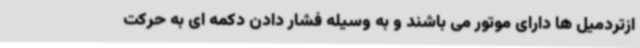
ازتردمیل ها دارای موتور می باشند و به وسیله فشار دادن دکمه ای به حرکت